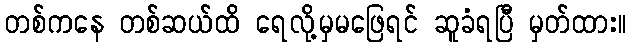
တစ်ကနေ တစ်ဆယ်ထိ ရေလို့မှမဖြေရင် ဆူခံရပြီ မှတ်ထား။